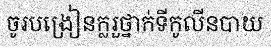
ចូរបង្រៀនក្លរួថ្នាក់ទីកូលីនបាយ